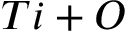
T i + O